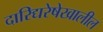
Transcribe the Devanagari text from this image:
दारिद्यरेषेखालील